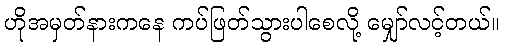
ဟိုအမှတ်နားကနေ ကပ်ဖြတ်သွားပါစေလို့ မျှော်လင့်တယ်။